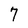
Character: 7